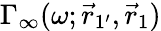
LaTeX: \Gamma_{\infty}(\omega;\vec{r}_{1^{\prime}},\vec{r}_{1})